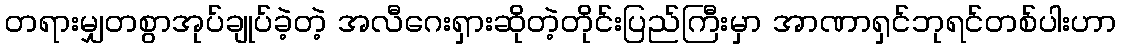
တရားမျှတစွာအုပ်ချုပ်ခဲ့တဲ့ အလီဂေးရှားဆိုတဲ့တိုင်းပြည်ကြီးမှာ အာဏာရှင်ဘုရင်တစ်ပါးဟာ